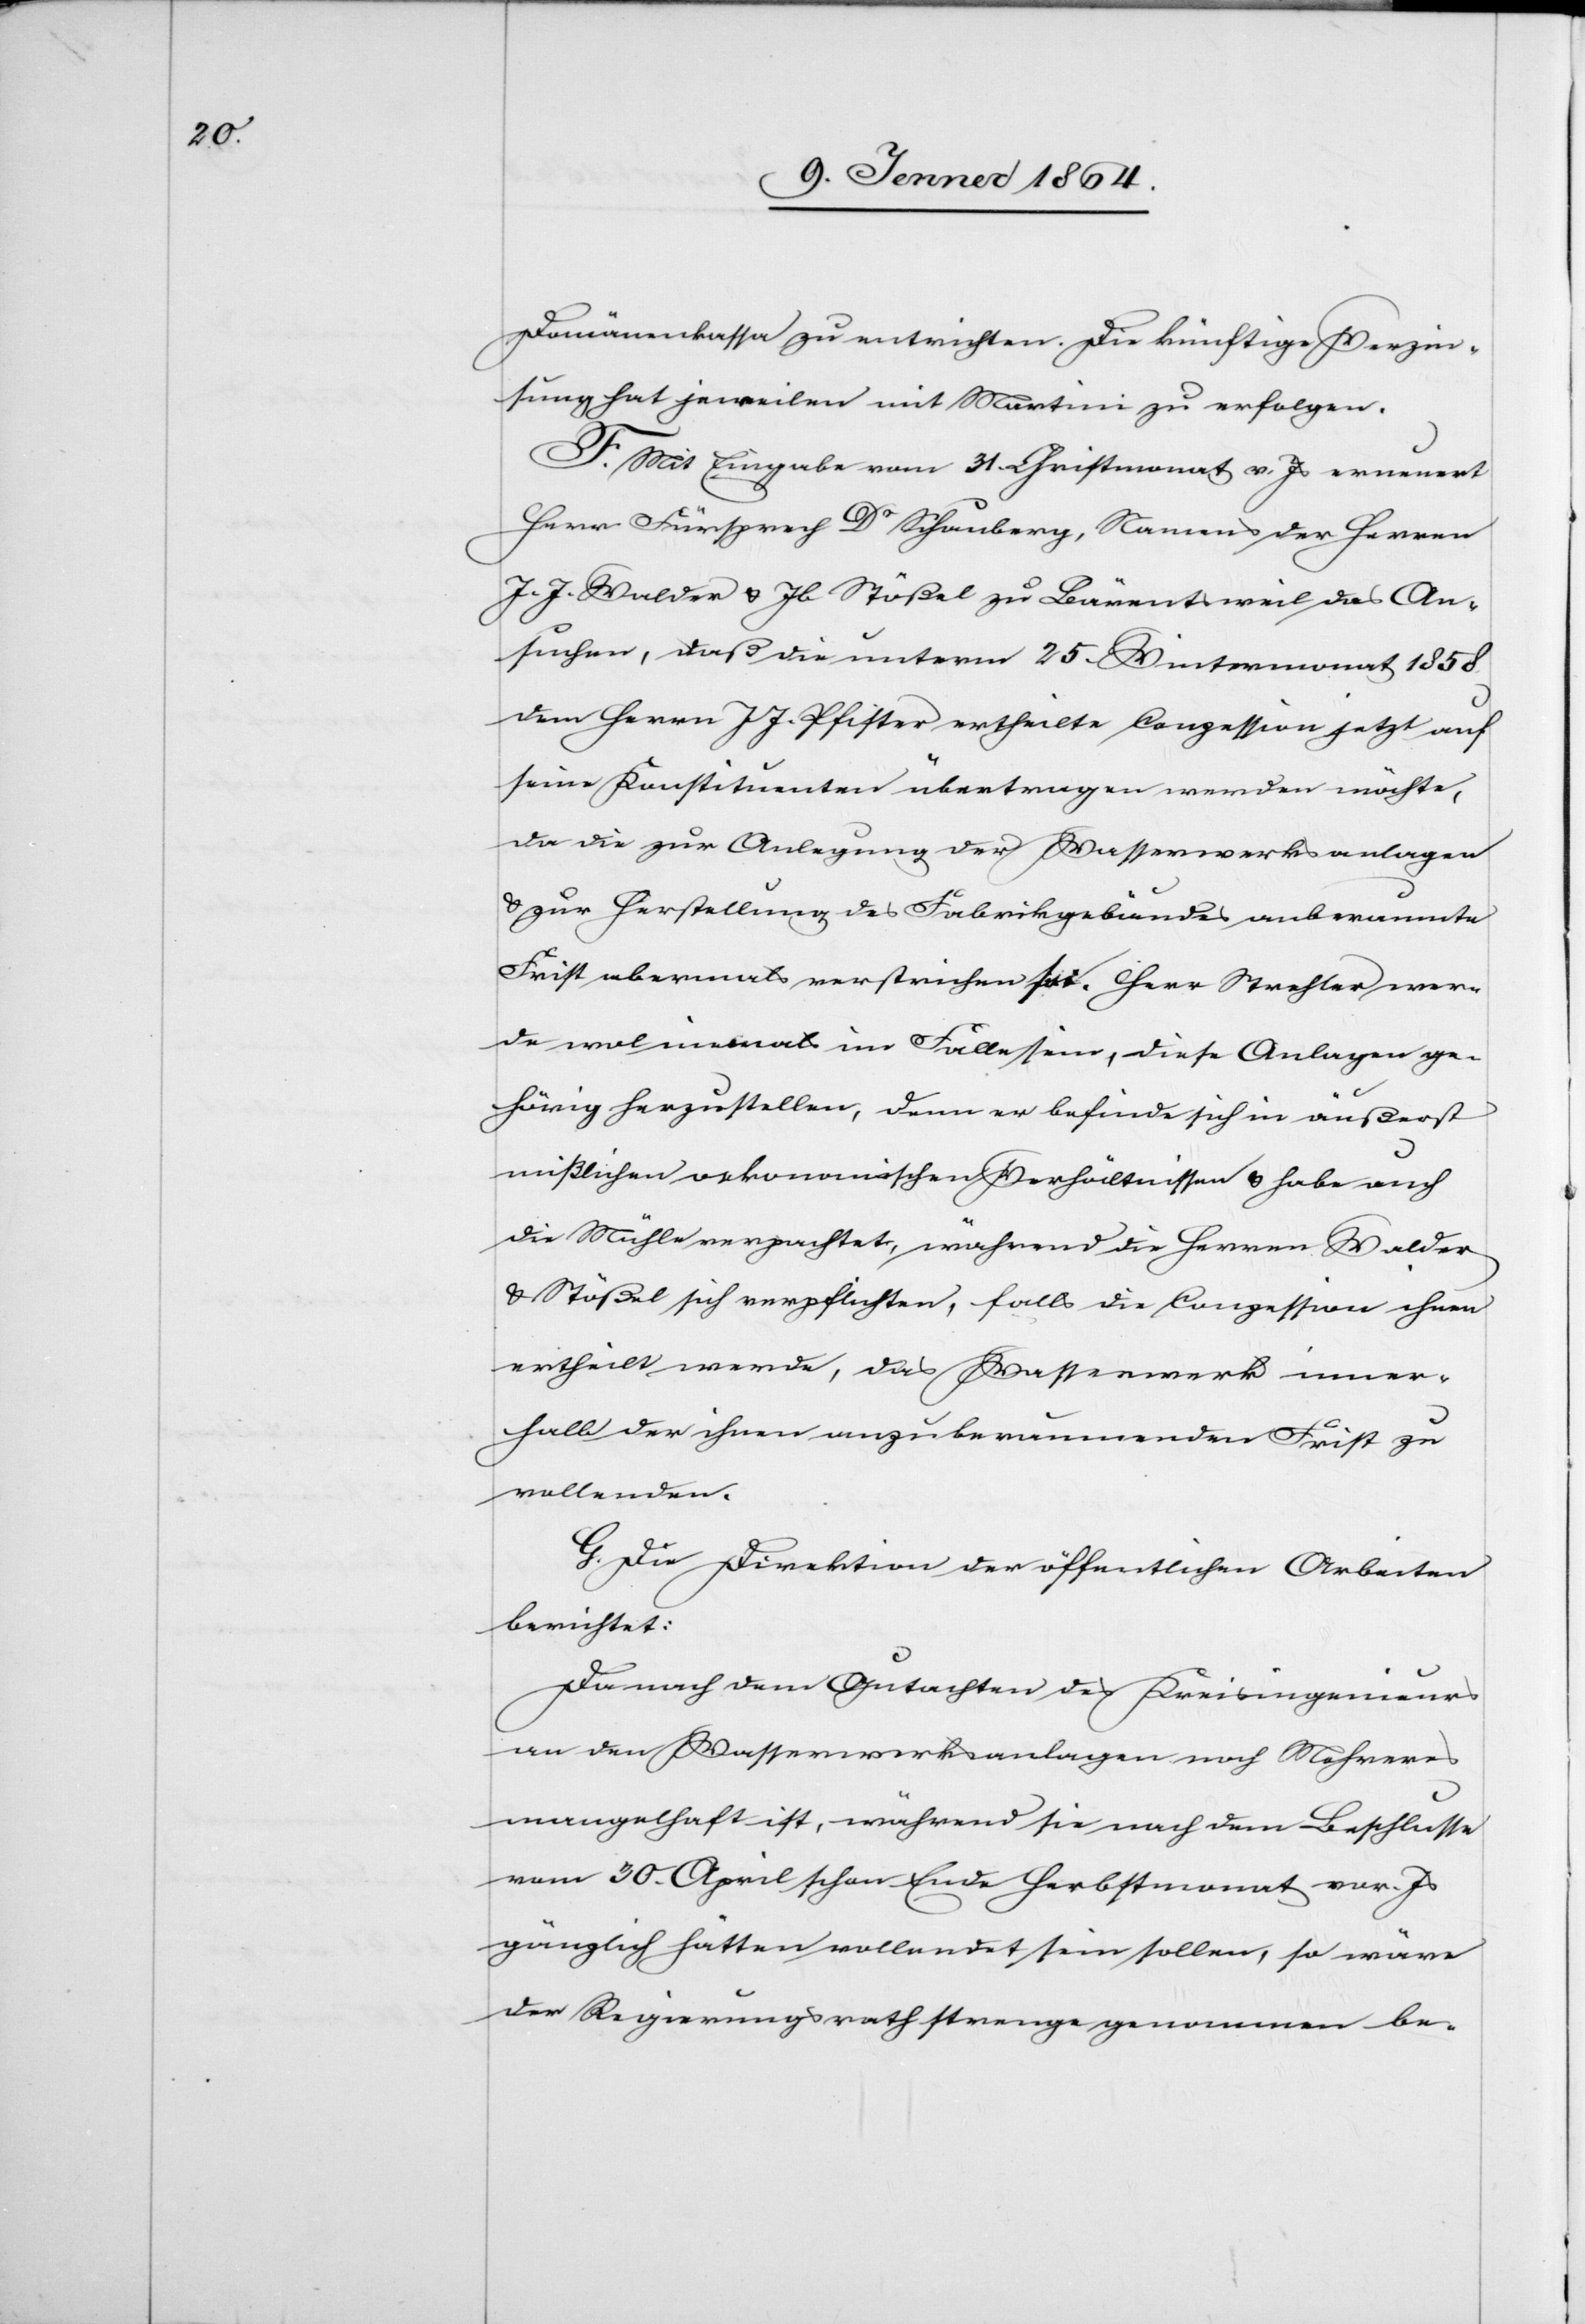
Domänenkasse zu entrichten. Die künftige Verzin¬
sung hat jeweilen mit Martini zu erfolgen.
F. Mit Eingabe vom 31. Christmonat v. Js erneuert
Herr Fürsprech Dr Schauberg, Namens der Herren
J. J. Walder u. Jb Stößel zu Bärentsweil das An¬
suchen, daß die unterm 25. Wintermonat 1858
dem Herrn J. J. Pfister ertheilte Conzession jetzt auf
seine Konstituenten übertragen werden möchte,
da die zur Anlegung der Wasserwerksanlagen
u. zur Herstellung des Fabrikgebäudes anberaumte
Frist abermals verstrichen sei. Herr Strehler wer¬
de wol einmal im Falle sein, diese Anlagen ge¬
hörig herzustellen, denn er befinde sich in äußerst
mißlichen oekonomischen Verhältnissen u. habe auch
die Mühle verpachtet, während die Herren Walder
u. Stößel sich verpflichten, falls die Conzession ihnen
ertheilt werde, das Wasserwerk inner¬
halb der ihnen anzuberaumenden Frist zu
vollenden.
G. Die Direktion der öffentlichen Arbeiten
berichtet:
Da nach dem Gutachten des Kreisingenieurs
an den Wasserwerksanlagen noch Mehreres
mangelhaft ist, während sie nach dem Beschlusse
vom 30. April schon Ende Herbstmonat vor. Js
gänzlich hätten vollendet sein sollen, so wäre
der Regierungsrath strenge genommen be-